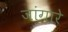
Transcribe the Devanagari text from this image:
जांगारे